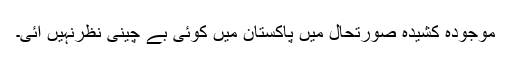
موجودہ کشیدہ صورتحال میں پاکستان میں کوئی بے چینی نظرنہیں آئی۔